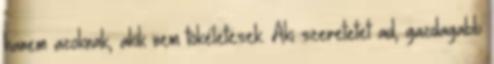
hanem azoknak, akik nem tökéletesek. Aki szeretetet ad, gazdagabb